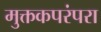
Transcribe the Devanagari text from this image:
मुक्तकपरंपरा